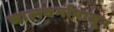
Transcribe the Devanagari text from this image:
बालवर्गापासून